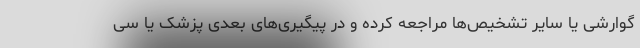
گوارشی یا سایر تشخیص‌ها مراجعه کرده و در پیگیری‌های بعدی پزشک یا سی